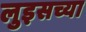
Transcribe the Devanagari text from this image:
लुइसच्या